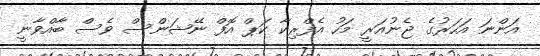
އަންނަ އަހަރުގެ ޖެނުއަރީ މަހު އެފްރިކާ ކަޕް އޮފް ނޭޝަންސް ވެސް ބާއްވާނީ